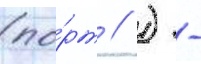
(по́рт // ) -